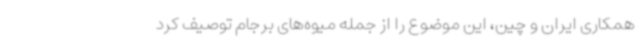
همکاری ایران و چین، این موضوع را از جمله میوه‌های برجام توصیف کرد